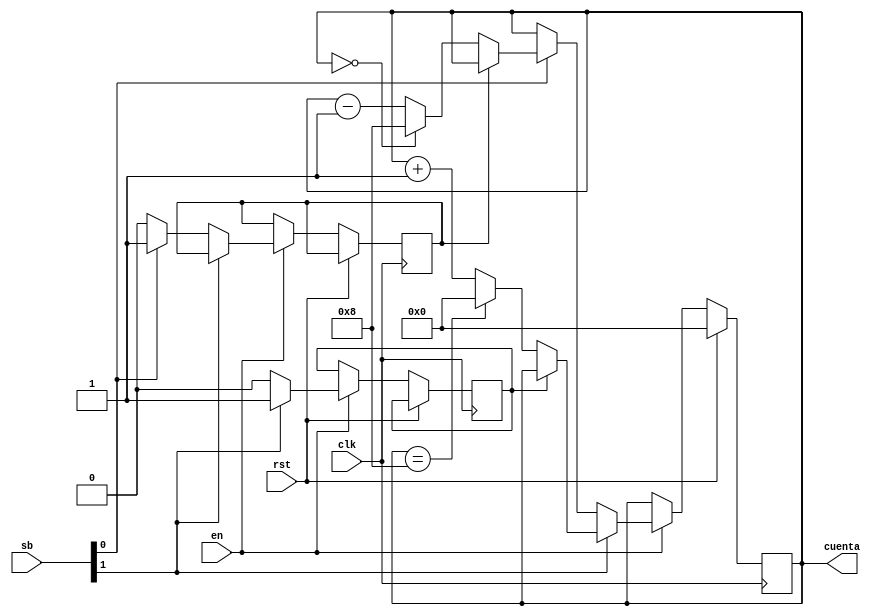
`timescale 1ns / 1ps
//////////////////////////////////////////////////////////////////////////////////
// Company: 
// Engineer: 
// 
// Design Name: 
// Module Name:    Contador 
// Project Name: 
// Target Devices: 
// Tool versions: 
// Description: 
//
// Dependencies: 
//
// Revision: 
// Revision 0.01 - File Created
// Additional Comments: 
//
//////////////////////////////////////////////////////////////////////////////////
module Contador(

    input [1:0] sb,
    input clk,
    input en,
	 input rst,
    output reg [3:0] cuenta
    );
   
	reg estado,estado2 = 0;
	
   always @(posedge clk)
      if (rst)
         cuenta <= 4'd0;
      else if (en)
		        begin
				  if (sb[1] == 1)
				  begin
						
						  if (estado == 0)
						
						  begin
						   estado <= 1;
				         if (cuenta == 4'd8)
						   cuenta <= 4'd0;
						   else 
						   cuenta <= cuenta + 1;
				        end
						
						else  cuenta <= cuenta;
						
				  end
				  else 
				  begin
				  estado <=0;
				  if (sb [0] == 1)
		                begin
							 
							 if (estado2 == 0)
							 
							   begin
							   estado2 <=1;
							   if (cuenta == 4'd0)
							   cuenta <= 4'd8;
							   else
                        cuenta <= cuenta - 1;	
							   end
							 
							 else
							 
							   begin
						      cuenta <= cuenta;						 
							   end
							 
							 end
					else estado2 <= 0;
        	end
			end

endmodule